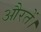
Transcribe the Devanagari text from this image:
औरतें।